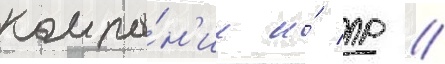
компа́н'ии и́ пр //